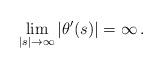
LaTeX: \begin{align*} \lim_{|s| \to \infty} |\theta'(s)| = \infty \,.\end{align*}